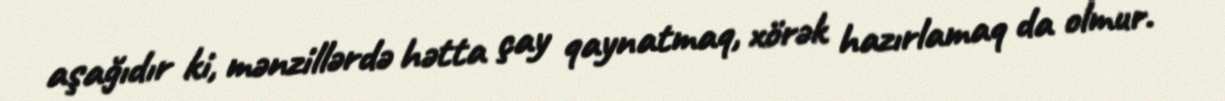
aşağıdır ki, mənzillərdə hətta çay qaynatmaq, xörək hazırlamaq da olmur.